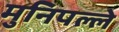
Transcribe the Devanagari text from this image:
मुनिपल्ले